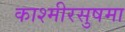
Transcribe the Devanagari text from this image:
काश्मीरसुषमा